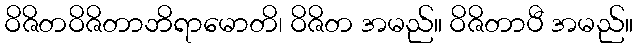
ဝိဇိတဝိဇိတာဘိရာမောတိ၊ ဝိဇိတ အမည်။ ဝိဇိတာပီ အမည်။